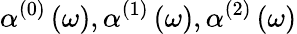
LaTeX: \alpha^{(0)}\left(\omega\right),\alpha^{(1)}\left(\omega\right),\alpha^{(2)}\left(\omega\right)